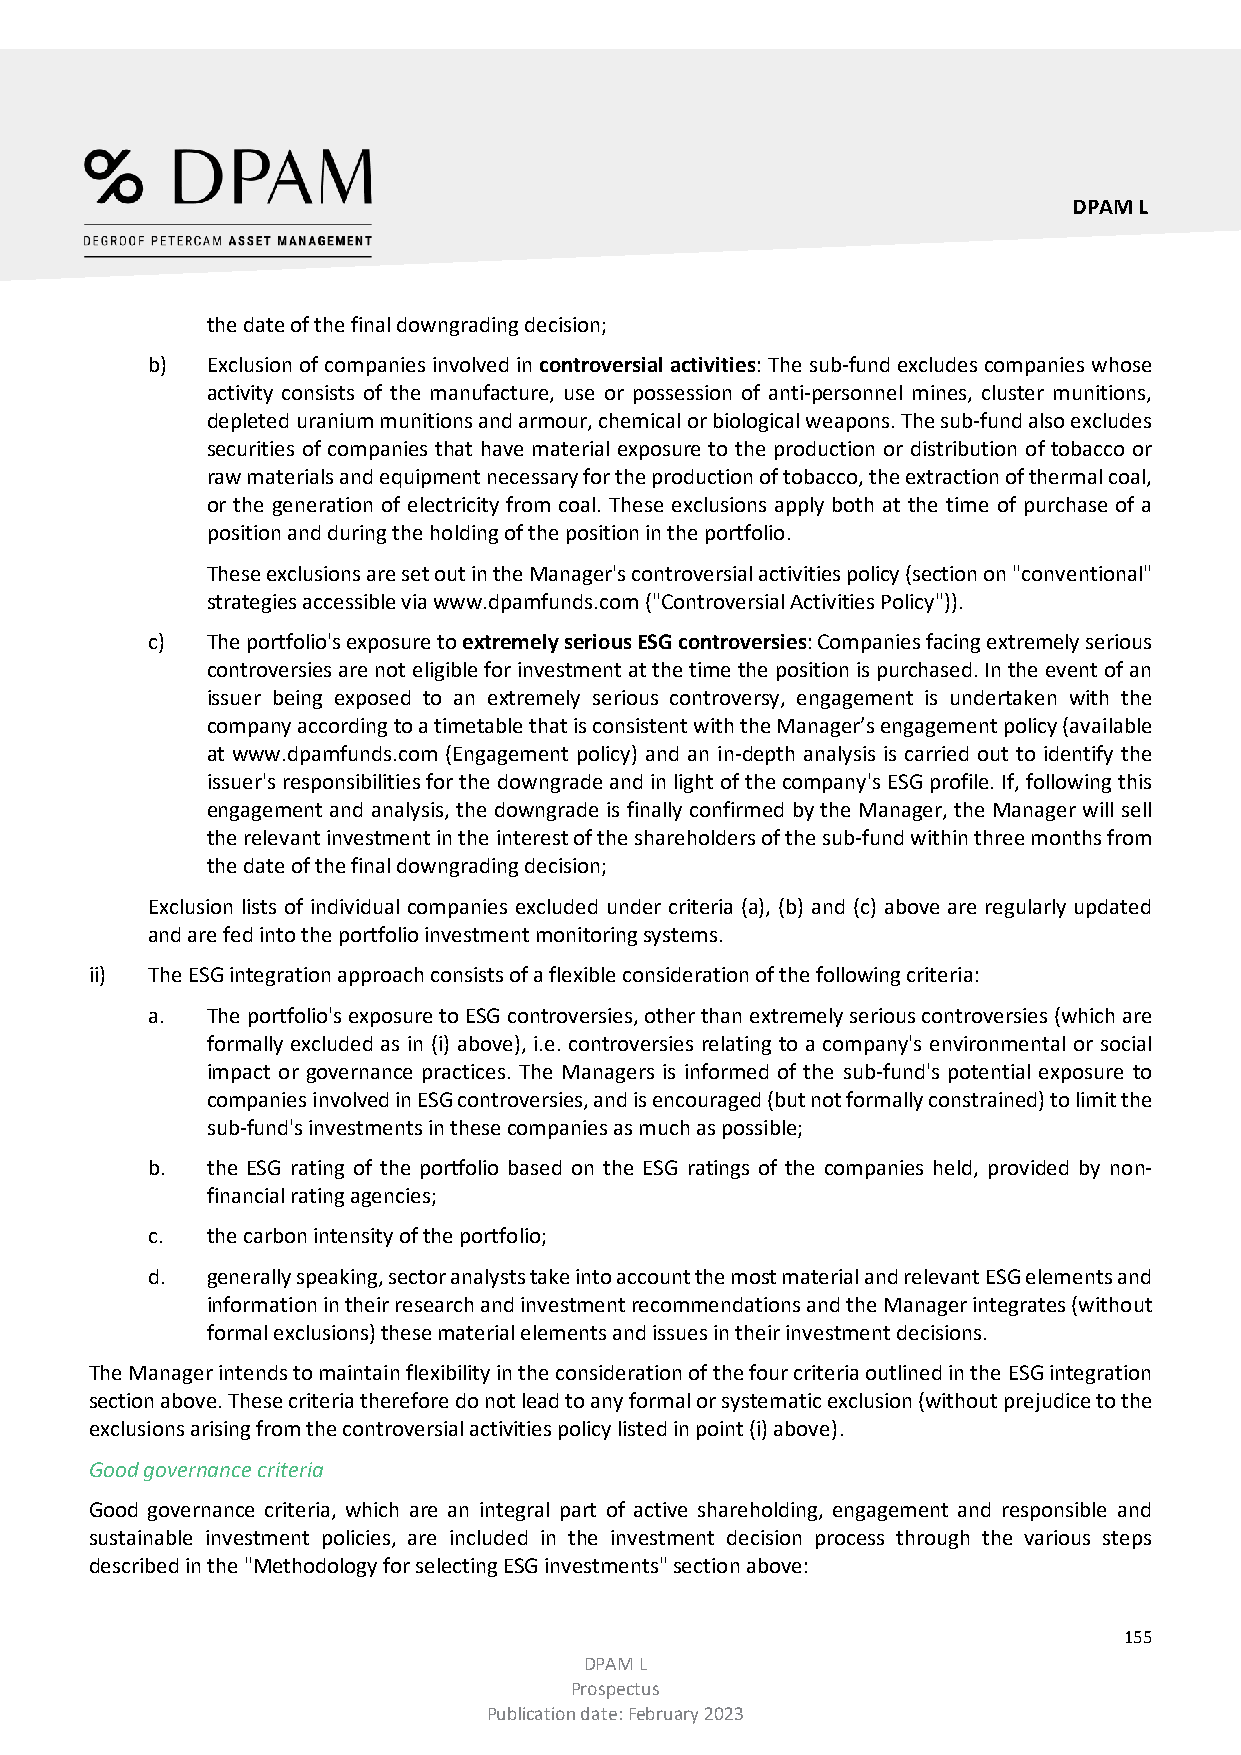
DPAM L
 the date of the final downgrading decision;
 b)  Exclusion of companies involved in controversial activities: The sub-fund excludes companies whose
 activity consists of the manufacture, use or possession of anti-personnel mines, cluster munitions,
 depleted uranium munitions and armour, chemical or biological weapons. The sub-fund also excludes
 securities of companies that have material exposure to the production or distribution of tobacco or
 raw materials and equipment necessary for the production of tobacco, the extraction of thermal coal,
 or the generation of electricity from coal. These exclusions apply both at the time of purchase of a
 position and during the holding of the position in the portfolio.
 These exclusions are set out in the Manager's controversial activities policy (section on "conventional"
 strategies accessible via www.dpamfunds.com ("Controversial Activities Policy")).
 c)  The portfolio's exposure to extremely serious ESG controversies: Companies facing extremely serious
 controversies are not eligible for investment at the time the position is purchased. In the event of an
 issuer being exposed to an extremely serious controversy, engagement is undertaken with the
 company according to a timetable that is consistent with the Manager’s engagement policy (available
 at www.dpamfunds.com (Engagement policy) and an in-depth analysis is carried out to identify the
 issuer's responsibilities for the downgrade and in light of the company's ESG profile. If, following this
 engagement and analysis, the downgrade is finally confirmed by the Manager, the Manager will sell
 the relevant investment in the interest of the shareholders of the sub-fund within three months from
 the date of the final downgrading decision;
 Exclusion lists of individual companies excluded under criteria (a), (b) and (c) above are regularly updated
 and are fed into the portfolio investment monitoring systems.
 ii) The ESG integration approach consists of a flexible consideration of the following criteria:
 a.  The portfolio's exposure to ESG controversies, other than extremely serious controversies (which are
 formally excluded as in (i) above), i.e. controversies relating to a company's environmental or social
 impact or governance practices. The Managers is informed of the sub-fund's potential exposure to
 companies involved in ESG controversies, and is encouraged (but not formally constrained) to limit the
 sub-fund's investments in these companies as much as possible;
 b.  the ESG rating of the portfolio based on the ESG ratings of the companies held, provided by non-
 financial rating agencies;
 c.  the carbon intensity of the portfolio;
 d.  generally speaking, sector analysts take into account the most material and relevant ESG elements and
 information in their research and investment recommendations and the Manager integrates (without
 formal exclusions) these material elements and issues in their investment decisions.
 The Manager intends to maintain flexibility in the consideration of the four criteria outlined in the ESG integration
 section above. These criteria therefore do not lead to any formal or systematic exclusion (without prejudice to the
 exclusions arising from the controversial activities policy listed in point (i) above).
 Good governance criteria
 Good governance criteria, which are an integral part of active shareholding, engagement and responsible and
 sustainable investment policies, are included in the investment decision process through the various steps
 described in the "Methodology for selecting ESG investments" section above:
 155
 DPAM L
 Prospectus
 Publication date: February 2023